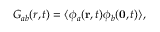
G _ { a b } ( r , t ) = \langle \phi _ { a } ( { \bf r } , t ) \phi _ { b } ( { \bf 0 } , t ) \rangle ,